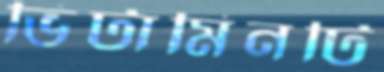
ভিটামিনটি